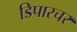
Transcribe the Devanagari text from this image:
डिपारचर